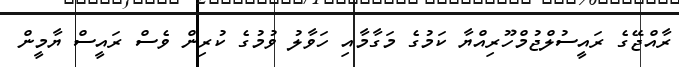
ރާއްޖޭގެ ރައީސުލްޖުމްހޫރިއްޔާ ކަމުގެ މަގާމާއި ހަވާލު ވުމުގެ ކުރިން ވެސް ރައީސް ޔާމީން